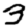
Digit: 3